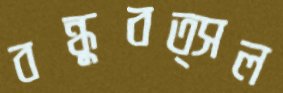
বন্ধুবত্সল